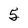
Character: 5